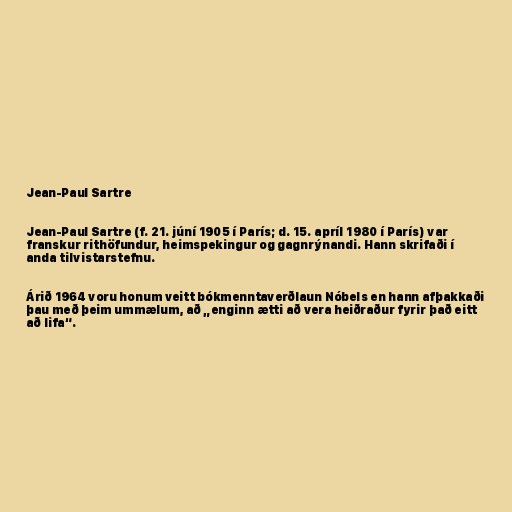
Jean-Paul Sartre

Jean-Paul Sartre (f. 21. júní 1905 í París; d. 15. apríl 1980 í París) var
franskur rithöfundur, heimspekingur og gagnrýnandi. Hann skrifaði í
anda tilvistarstefnu.

Árið 1964 voru honum veitt bókmenntaverðlaun Nóbels en hann afþakkaði
þau með þeim ummælum, að „enginn ætti að vera heiðraður fyrir það eitt
að lifa“.